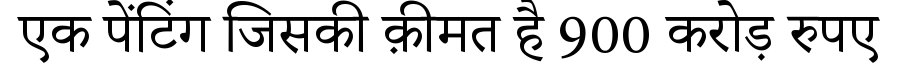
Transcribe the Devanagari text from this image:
एक पेंटिंग जिसकी क़ीमत है 900 करोड़ रुपए